Report on the working of the Ranchi Indian Mental Hospital, Kanke, in Bihar and Orissa - 1930-1940
Year: 1930
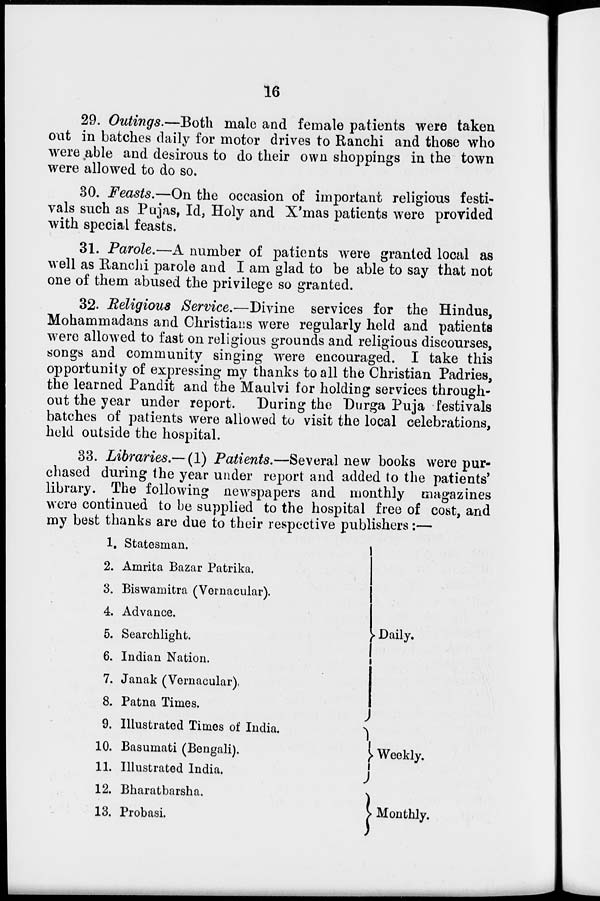
16
29. Outings.—Both male and female patients were taken
out in batches daily for motor drives to Ranchi and those who
were able and desirous to do their own shoppings in the town
were allowed to do so.
30. Feasts.—On the occasion of important religious festi-
vals such as Pujas, Id, Holy and X'mas patients were provided
with special feasts.
31. Parole.—A number of patients were granted local as
well as Ranchi parole and I am glad to be able to say that not
one of them abused the privilege so granted.
32. Religious Service.—Divine services for the Hindus,
Mohammadans and Christians were regularly held and patients
were allowed to fast on religious grounds and religious discourses,
songs and community singing were encouraged. I take this
opportunity of expressing my thanks to all the Christian Padries,
the learned Pandit and the Maulvi for holding services through-
out the year under report. During the Durga Puja festivals
batches of patients were allowed to visit the local celebrations,
held outside the hospital.
33. Libraries.—(1) Patients.—Several new books were pur-
chased during the year under report and added to the patients'
library. The following newspapers and monthly magazines
were continued to be supplied to the hospital free of cost, and
my best thanks are due to their respective publishers:—
1.
2.
3.
4.
5.
6.
7.
8.
9.
10.
11.
12.
13.
Statesman.
Amrita Bazar Patrika.
Biswamitra (Vernacular).
Advance.
Searchlight.
Indian Nation.
Janak (Vernacular).
Patna Times.
Illustrated Times of India.
Basumati (Bengali).
Illustrated India.
Bharatbarsha.
Probasi.
Daily.
Weekly.
Monthly.